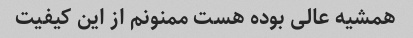
همشیه عالی بوده هست ممنونم از این کیفیت